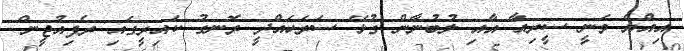
އިއްޔެ ވަނީ ސީރިއާ އާއި ލުބުނާން ގުޅޭ ސަރަހައްދީ ރޮނގު ކައިރީގައި ރެފިއުޖީން